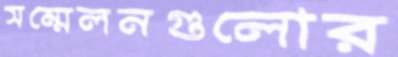
সম্মেলনগুলোর